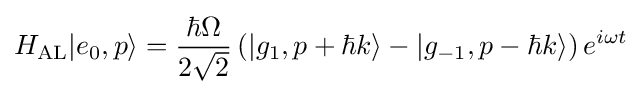
H_{\mathrm {AL} }|e_{0},p\rangle ={\frac {\hbar \Omega }{2{\sqrt {2}}}}\left(|g_{1},p+\hbar k\rangle -|g_{-1},p-\hbar k\rangle \right)e^{i\omega t}